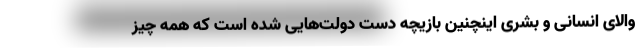
والای انسانی و بشری اینچنین بازیچه دست دولت‌هایی شده است که همه چیز